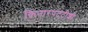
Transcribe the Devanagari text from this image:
किनारपटटीशी